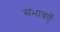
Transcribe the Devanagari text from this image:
संभावएँ